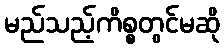
မည်သည့်ကိစ္စတွင်မဆို